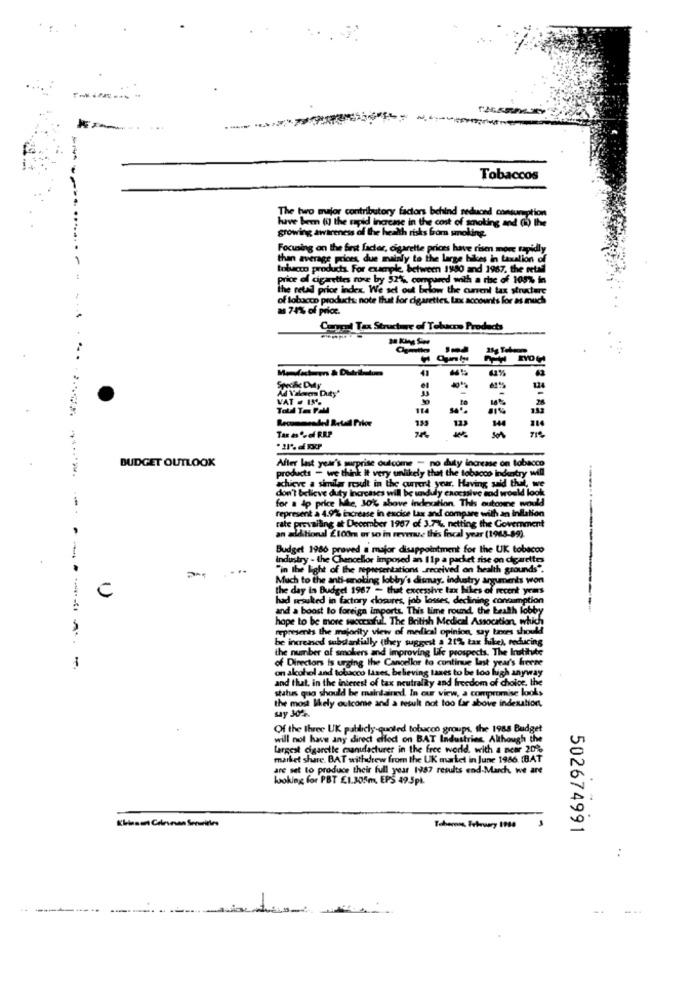
Tobaccos
The two major contributory factors behind seduond consumption
have been (i) the rapid increase in the cost of smoking and ( the
growing awareness of the health risks from smoking.
Focusing on the first factor, cigarette prices have risen more rapidly
-
than average poloes, due mainly to the large bilces in taxalion of
tobacco products. For example, between 1980 and 1967, the retad
price of cigarettes rone by 521%, compared with a rise of 100% in
the retail price index. We set out below the curent tax structure
- -
of tobacco products: note that for cigarettes. Las accounts for as much
as 74% of price.
Coppel Tax Structure of Tobacco Products
41
Ad Valorem Duty'
Spoke Daly
124
VAT . 15%%
28
Total Tan Pal
114
Tax as % of RRP
son
After last year's mirprise oulcome - no duty increase on tobacco
BUDGET OUTLOOK
products - we think It very unlikely that the tobacco indentry will
achieve a similar rosudt in the current yeur. Having said that, we
don't believe duty inarcases will be unduly caocsive end would look
sad would look
for a do price kle, 30% above indexation. This outone would
represent à 4.97% increase in excise Lax and compare with an Inflation
tale prevailing at December 1987 of 3.7% netting the Government
alAtional £100m or so in revenue this frical year (1968-89)
Budget 1986 proved a major disappointment for the UK tobacco
Industry - the Chancellor imposed an 11p a packet mise
...
"in the light of the represent
sentations received on health
Much to the anti-smoking lobby
jolting
ag lobby's dismay, industry arguments won
the day is Budget 1987 - that excessive tax Hiles of
Les of recent years
C
had wesuked in factory closures, job losses, declining cone
and a boost to foreign imports. This lime round, the health lobby
hope to be more successful. The British Medical Assocation, which
represents the majority view of medical opinion,
trees should
be increased substantially (they suggest a 21% tax luke), reducing
---------
the number of smokers and improving Life prospects. The Institute
of Directors is urging the Cancellor to continue last year's freese
on alcohol and tobacco lases, believing taxes to be too high anyway
and that, in the interest of tax neutrality and freedom of choice, the
status quo should be maintained. In our view, a compromise looks
the most likely outcome and a result not too far above indexation,
say 302.
Of the three UK publicly-quoted tobacco groups. the 1988 Budget
will not have any direct cifod on BAT Industries, Although the
largest cigarette manufacturer in the free world. with a neer 20%
market share. BAT withdrew from the UK market in June 1986. [BAT
are set to produce their full year 1987 results end-March, we are
looking for PBT £1.305m, EPS 49.5pk.
502674991
---